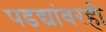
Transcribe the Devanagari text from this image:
पडद्यांवरही